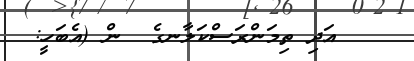
އަދި ތިމަންރަސްކަލާނގެ  ން (އެބަހީ: